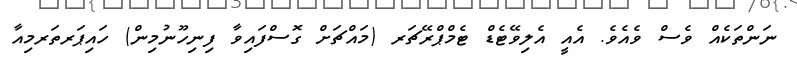
ނަންތަކެއް ވެސް ވެއެވެ. އެއީ އެލިވޭޓެޑް ޓެމްޕްރޭޗަރ (މައްޗަށް ގޮސްފައިވާ ފިނިހޫނުމިން) ހައިޕަރތަރމިއާ